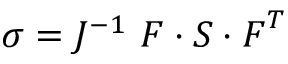
{ \boldsymbol { \sigma } } = J ^ { - 1 } ~ { \boldsymbol { F } } \cdot { \boldsymbol { S } } \cdot { \boldsymbol { F } } ^ { T }